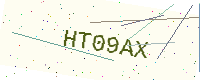
Text: HT09AX